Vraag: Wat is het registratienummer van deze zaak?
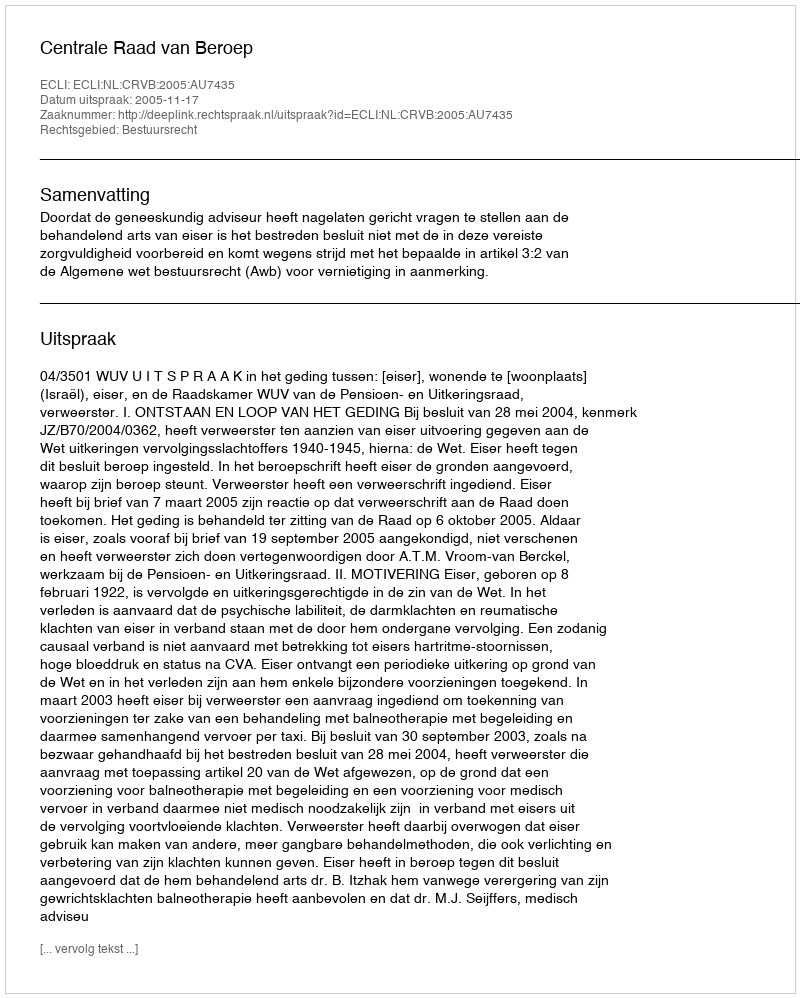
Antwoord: http://deeplink.rechtspraak.nl/uitspraak?id=ECLI:NL:CRVB:2005:AU7435